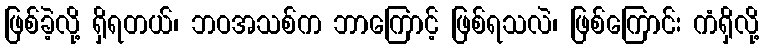
ဖြစ်ခဲ့လို့ ရှိရတယ်၊ ဘဝအသစ်က ဘာကြောင့် ဖြစ်ရသလဲ၊ ဖြစ်ကြောင်း ကံရှိလို့